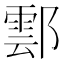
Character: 𨝽